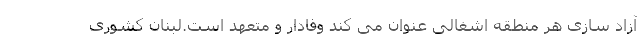
آزاد سازی هر منطقه اشغالی عنوان می کند وفادار و متعهد است.لبنان کشوری